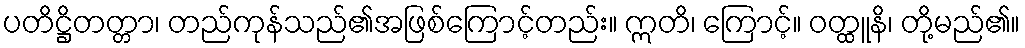
ပတိဋ္ဌိတတ္တာ၊ တည်ကုန်သည်၏အဖြစ်ကြောင့်တည်း။ ဣတိ၊ ကြောင့်။ ဝတ္ထူနိ၊ တို့မည်၏။